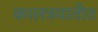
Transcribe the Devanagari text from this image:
कालत्रयातीत